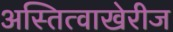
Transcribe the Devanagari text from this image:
अस्तित्वाखेरीज